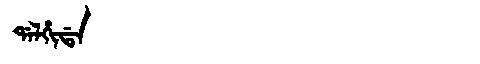
Manchu: ᡩᠠᠯᡥᡳᡩᠠ
Romanization: DALHIDA